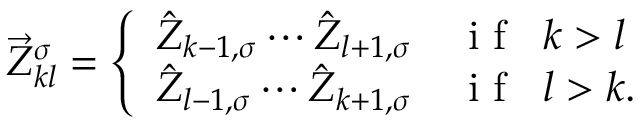
\vec { Z } _ { k l } ^ { \sigma } = \left\{ \begin{array} { l l } { \hat { Z } _ { k - 1 , \sigma } \cdots \hat { Z } _ { l + 1 , \sigma } } & { \mathrm { ~ i ~ f ~ } \; \; k > l } \\ { \hat { Z } _ { l - 1 , \sigma } \cdots \hat { Z } _ { k + 1 , \sigma } } & { \mathrm { ~ i ~ f ~ } \; \; l > k . } \end{array} \right.